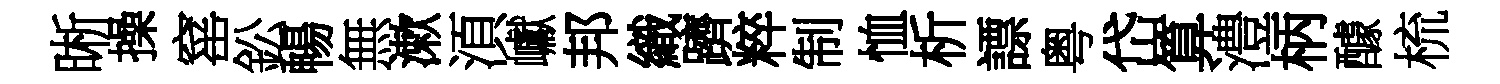
晰操窰鈆暢無漱湏巘邦織躋粹制恤析謤粤岱算澧柄醵梳